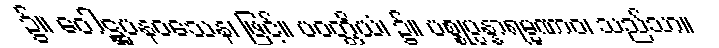
၌။ ဝေါဋ္ဌပနဝသေန၊ ဖြင့်။ ပဝတ္တိယံ၊ ၌။ ပစ္စုပ္ပန္နာရမ္မဏာဝ၊ သည်သာ။